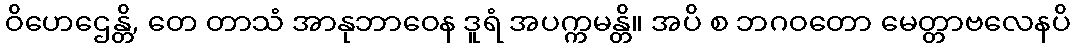
ဝိဟေဌေန္တိ, တေ တာသံ အာနုဘာဝေန ဒူရံ အပက္ကမန္တိ။ အပိ စ ဘဂဝတော မေတ္တာဗလေနပိ